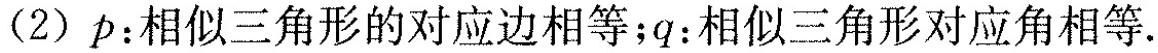
(2)$$p ： 相 似 三 角 形 的 对 应 边 相 等$$；$$q ： 相 似 三 角 形 对 应 角 相 等$$。